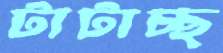
টাটাচ্ছ